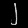
Digit: ၂